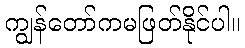
ကျွန်တော်ကမဖြတ်နိုင်ပါ။